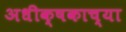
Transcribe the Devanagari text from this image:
अधीक्षकाच्या